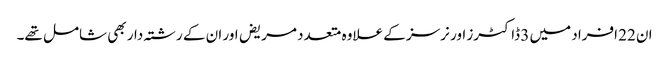
ان 22 افراد میں 3 ڈاکٹرز اور نرسز کے علاوہ متعدد مریض اور ان کے رشتہ دار بھی شامل تھے۔